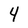
Character: 4